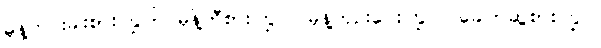
မုန့်ဟင်းခါးစားကြွပါ။ မုန့်တီစားကြွပါ၊ မုန့်ဘုဉ်းပေးကြွပါ၊ ခေါက်ဆွဲစားကြွပါ